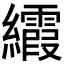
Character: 𬘐